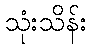
သုံးသိန်း